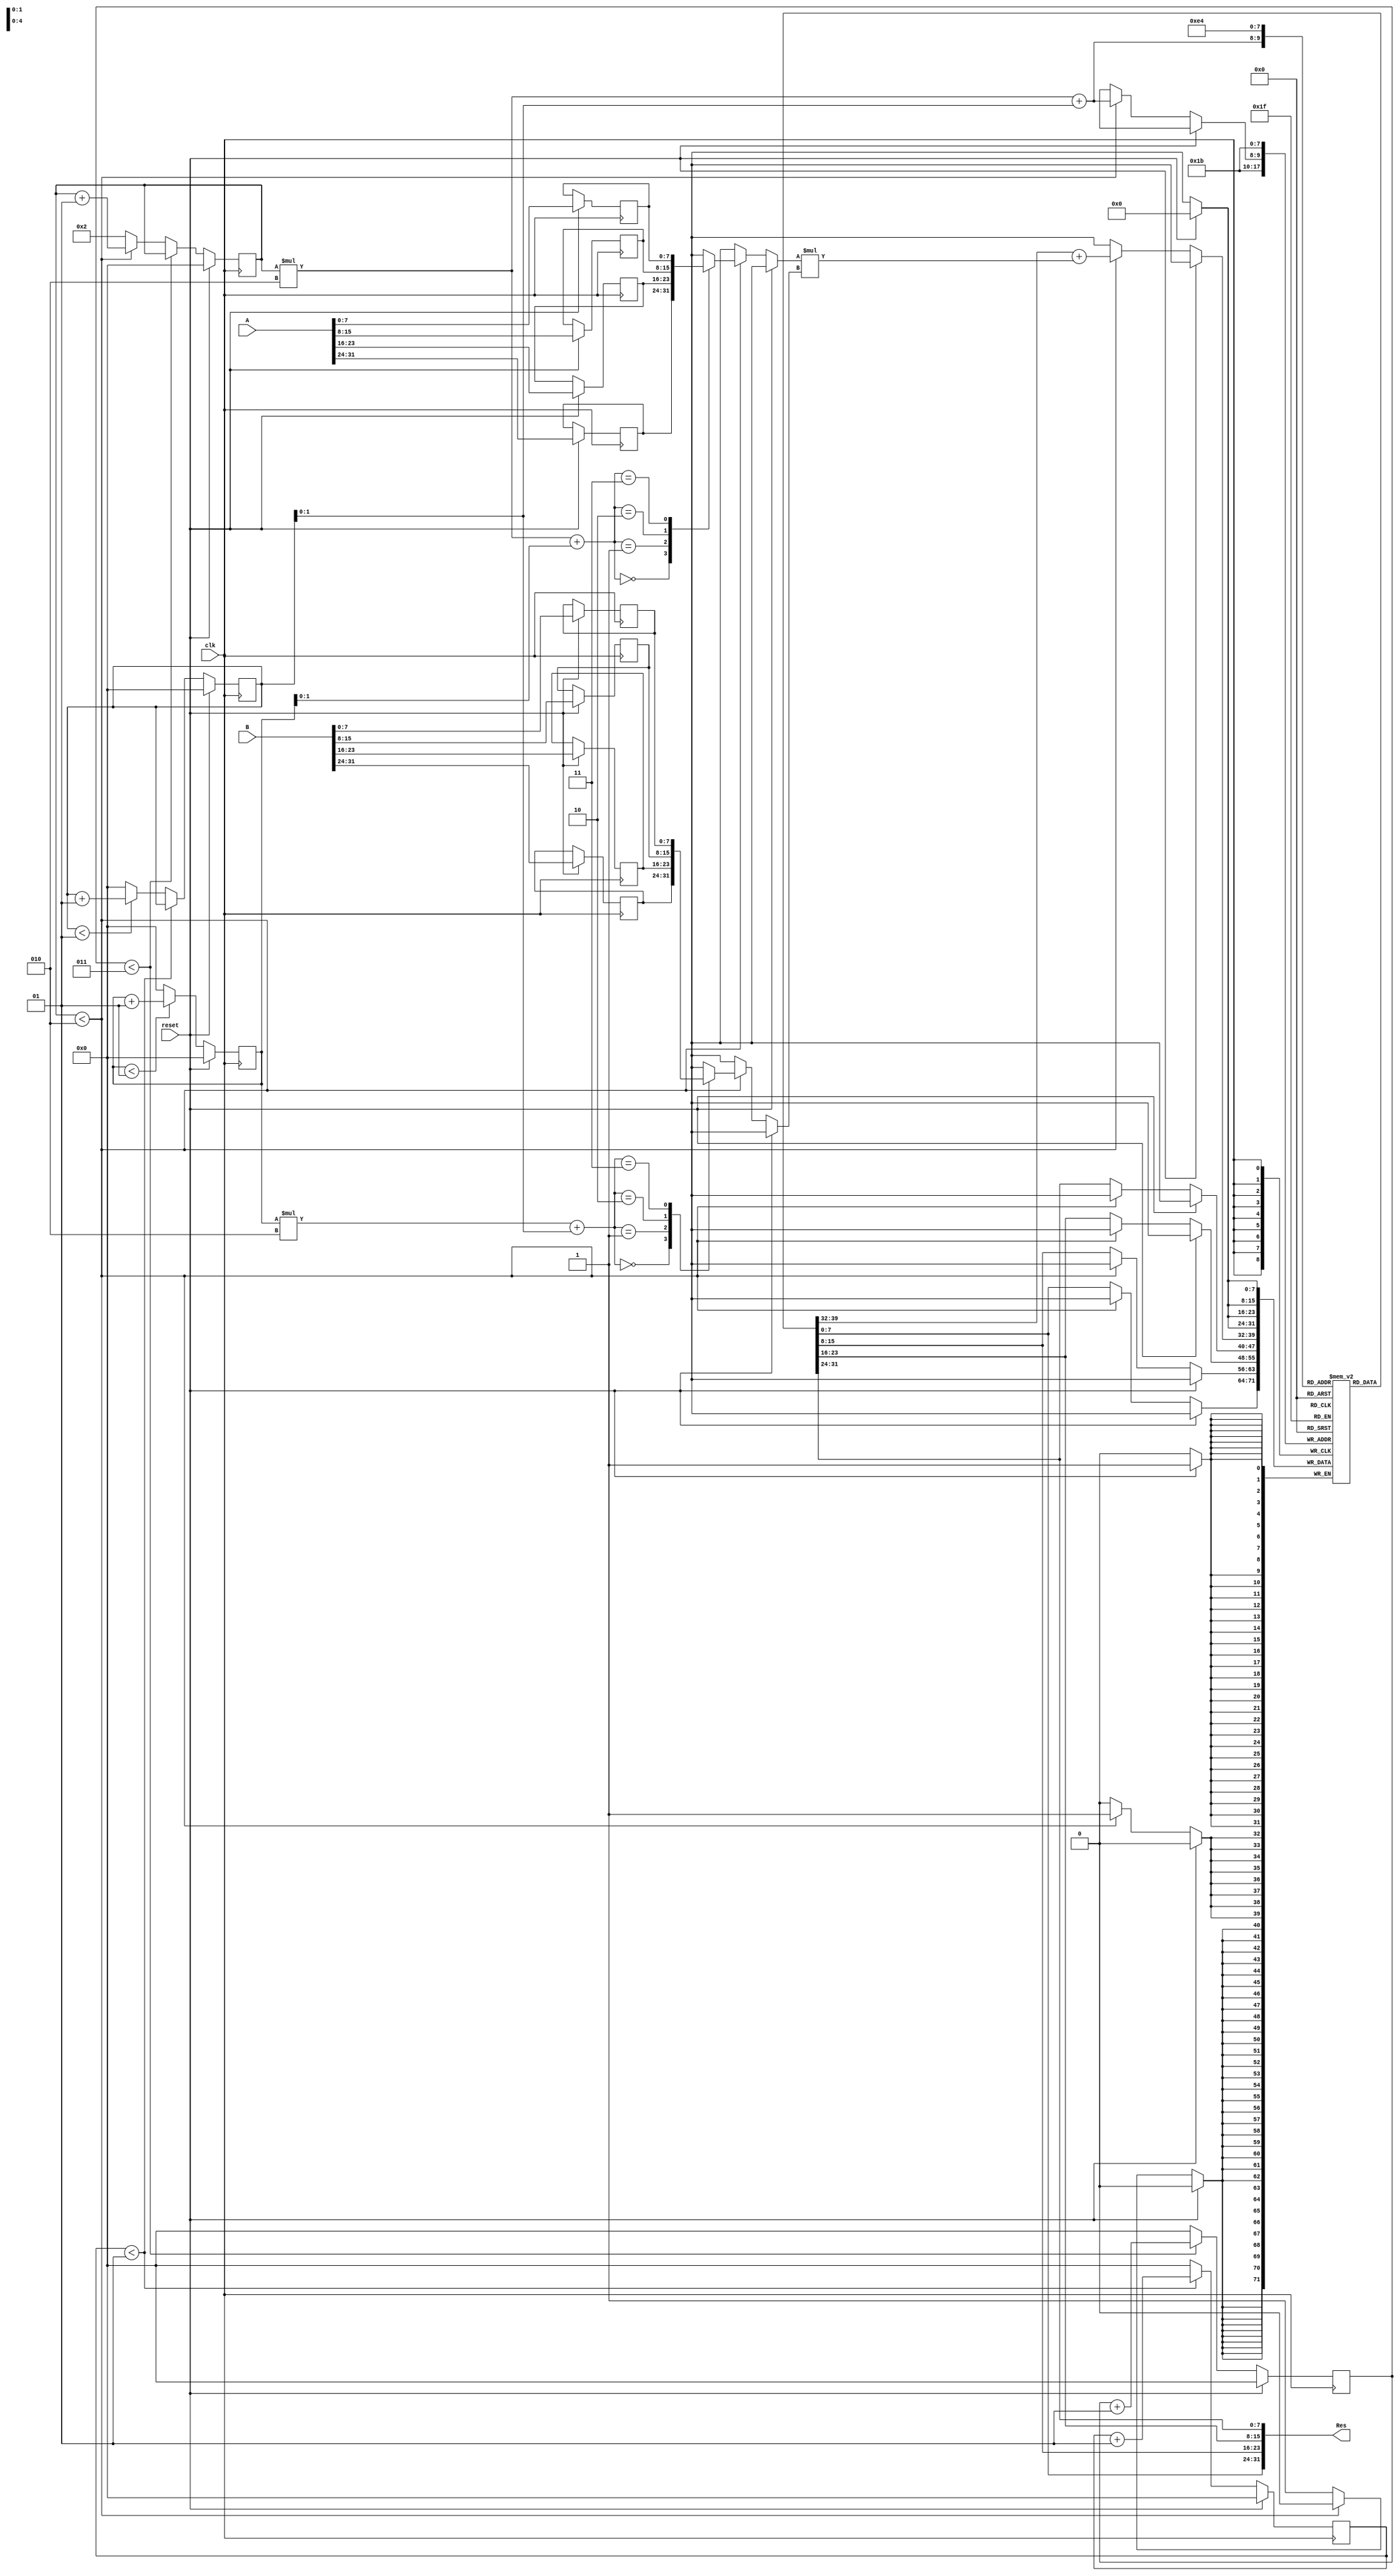
`timescale 1ns / 1ps

module Mult_with_cnters(
    input [31:0] A,
    input [31:0] B,
    input reset,
    output [31:0] Res,
    input clk
    );
    //internal variables    
    reg [7:0] A1 [0:1][0:1];
    reg [7:0] B1 [0:1][0:1];
    reg [7:0] Res1 [0:1][0:1]; 
    integer i,j,k,cnt1,cnt2;
    
    always @(posedge clk)
    begin
    if(reset)
    begin
    {A1[0][0],A1[0][1],A1[1][0],A1[1][1]} <= A;
    {B1[0][0],B1[0][1],B1[1][0],B1[1][1]} <= B;
    {Res1[0][0],Res1[0][1],Res1[1][0],Res1[1][1]} <= 32'd0; //initialize to zeros.
    end
    else
    begin
    if(i < 2)
        begin
        Res1[i][j] <= Res1[i][j] + (A1[i][k] * B1[k][j]);
        end
    else
        begin
        {Res1[0][0],Res1[0][1],Res1[1][0],Res1[1][1]} <= Res;
        end
    end
    end
    
    always @(posedge clk)
    begin
    if(reset)
        begin
        i <= 0;
        j <= 0;
        k <= 0;
        cnt1 <= 0;
        cnt2 <= 0;
        end
    else
        begin
        if(k < 1)
            begin
            k <= k+1;
            end
        else
            begin
            k <= 0;
            end
        if(cnt1 < 1)
            begin
            cnt1 <= cnt1 + 1;
            j <= j;
            end
        else
            begin
            cnt1 <= 0;
            if(j < 1)
                begin
                j <= j +1;
                end
            else
                begin
                j <= 0;
                end
            end
        if(cnt2 < 3)
            begin
            cnt2 <= cnt2 + 1;
            i <= i;
            end
        else
            begin
            cnt2 <= 0;
            if(i < 2)
                begin
                i <= i+1;
                end
            else
                begin
                i <= 2;
                end
            end
        end
    end
    
    assign  Res = {Res1[0][0],Res1[0][1],Res1[1][0],Res1[1][1]};
endmodule